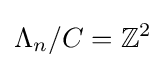
\Lambda _{n}/C=\mathbb {Z} ^{2}